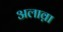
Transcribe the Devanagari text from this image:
अलाव़ा